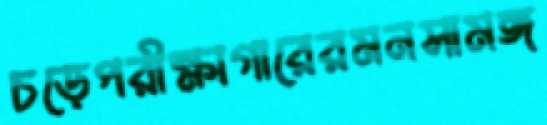
চড়েপরীক্ষাগারেরমনসামঙ্গ